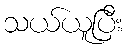
သယ်ယူပြီး